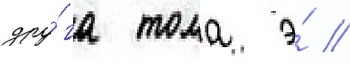
дру́га тома э́ //